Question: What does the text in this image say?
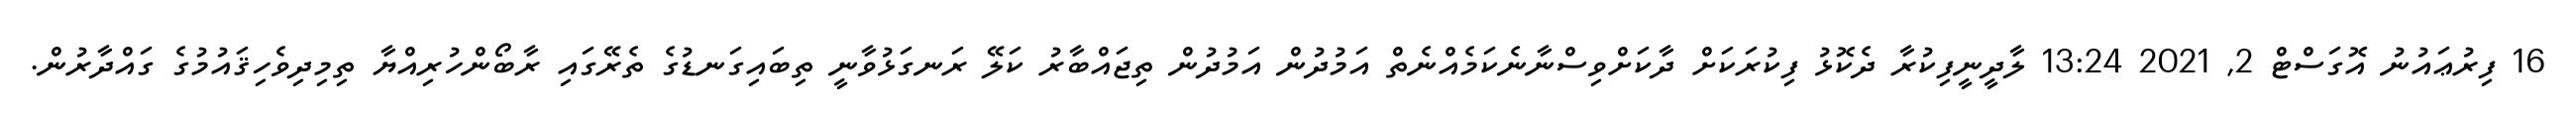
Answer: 16 ފިރުޢައުނު އޮގަސްޓް 2, 2021 13:24 ލާދީނީފިކުރާ ދެކޮޅު ފިކުރަކަށް ދާކަށްވިސްނާނެކަމެއްނެތް އަމުދުން އަމުދުން ތިޖައްބާރު ކަލޭ ރަނގަޅުވާނީ ތިބައިގަނޑުގެ ތެރޭގައި ރާބޯންހުރިއްޔާ ތިމިދިވެހިޤައުމުގެ ގައްދާރުން.